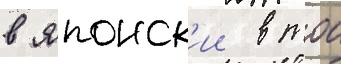
в японск'ии в тои